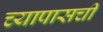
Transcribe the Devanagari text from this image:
च्यापासची